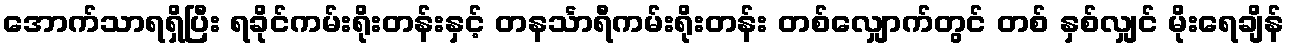
အောက်သာရရှိပြီး ရခိုင်ကမ်းရိုးတန်းနှင့် တနင်္သာရီကမ်းရိုးတန်း တစ်လျှောက်တွင် တစ် နှစ်လျှင် မိုးရေချိန်